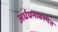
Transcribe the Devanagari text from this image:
अर्धघनावस्थेत